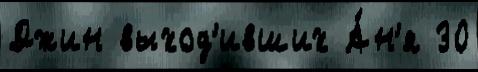
Джин выход'ивших А́н'я 30